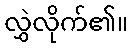
လွှဲလိုက်၏။